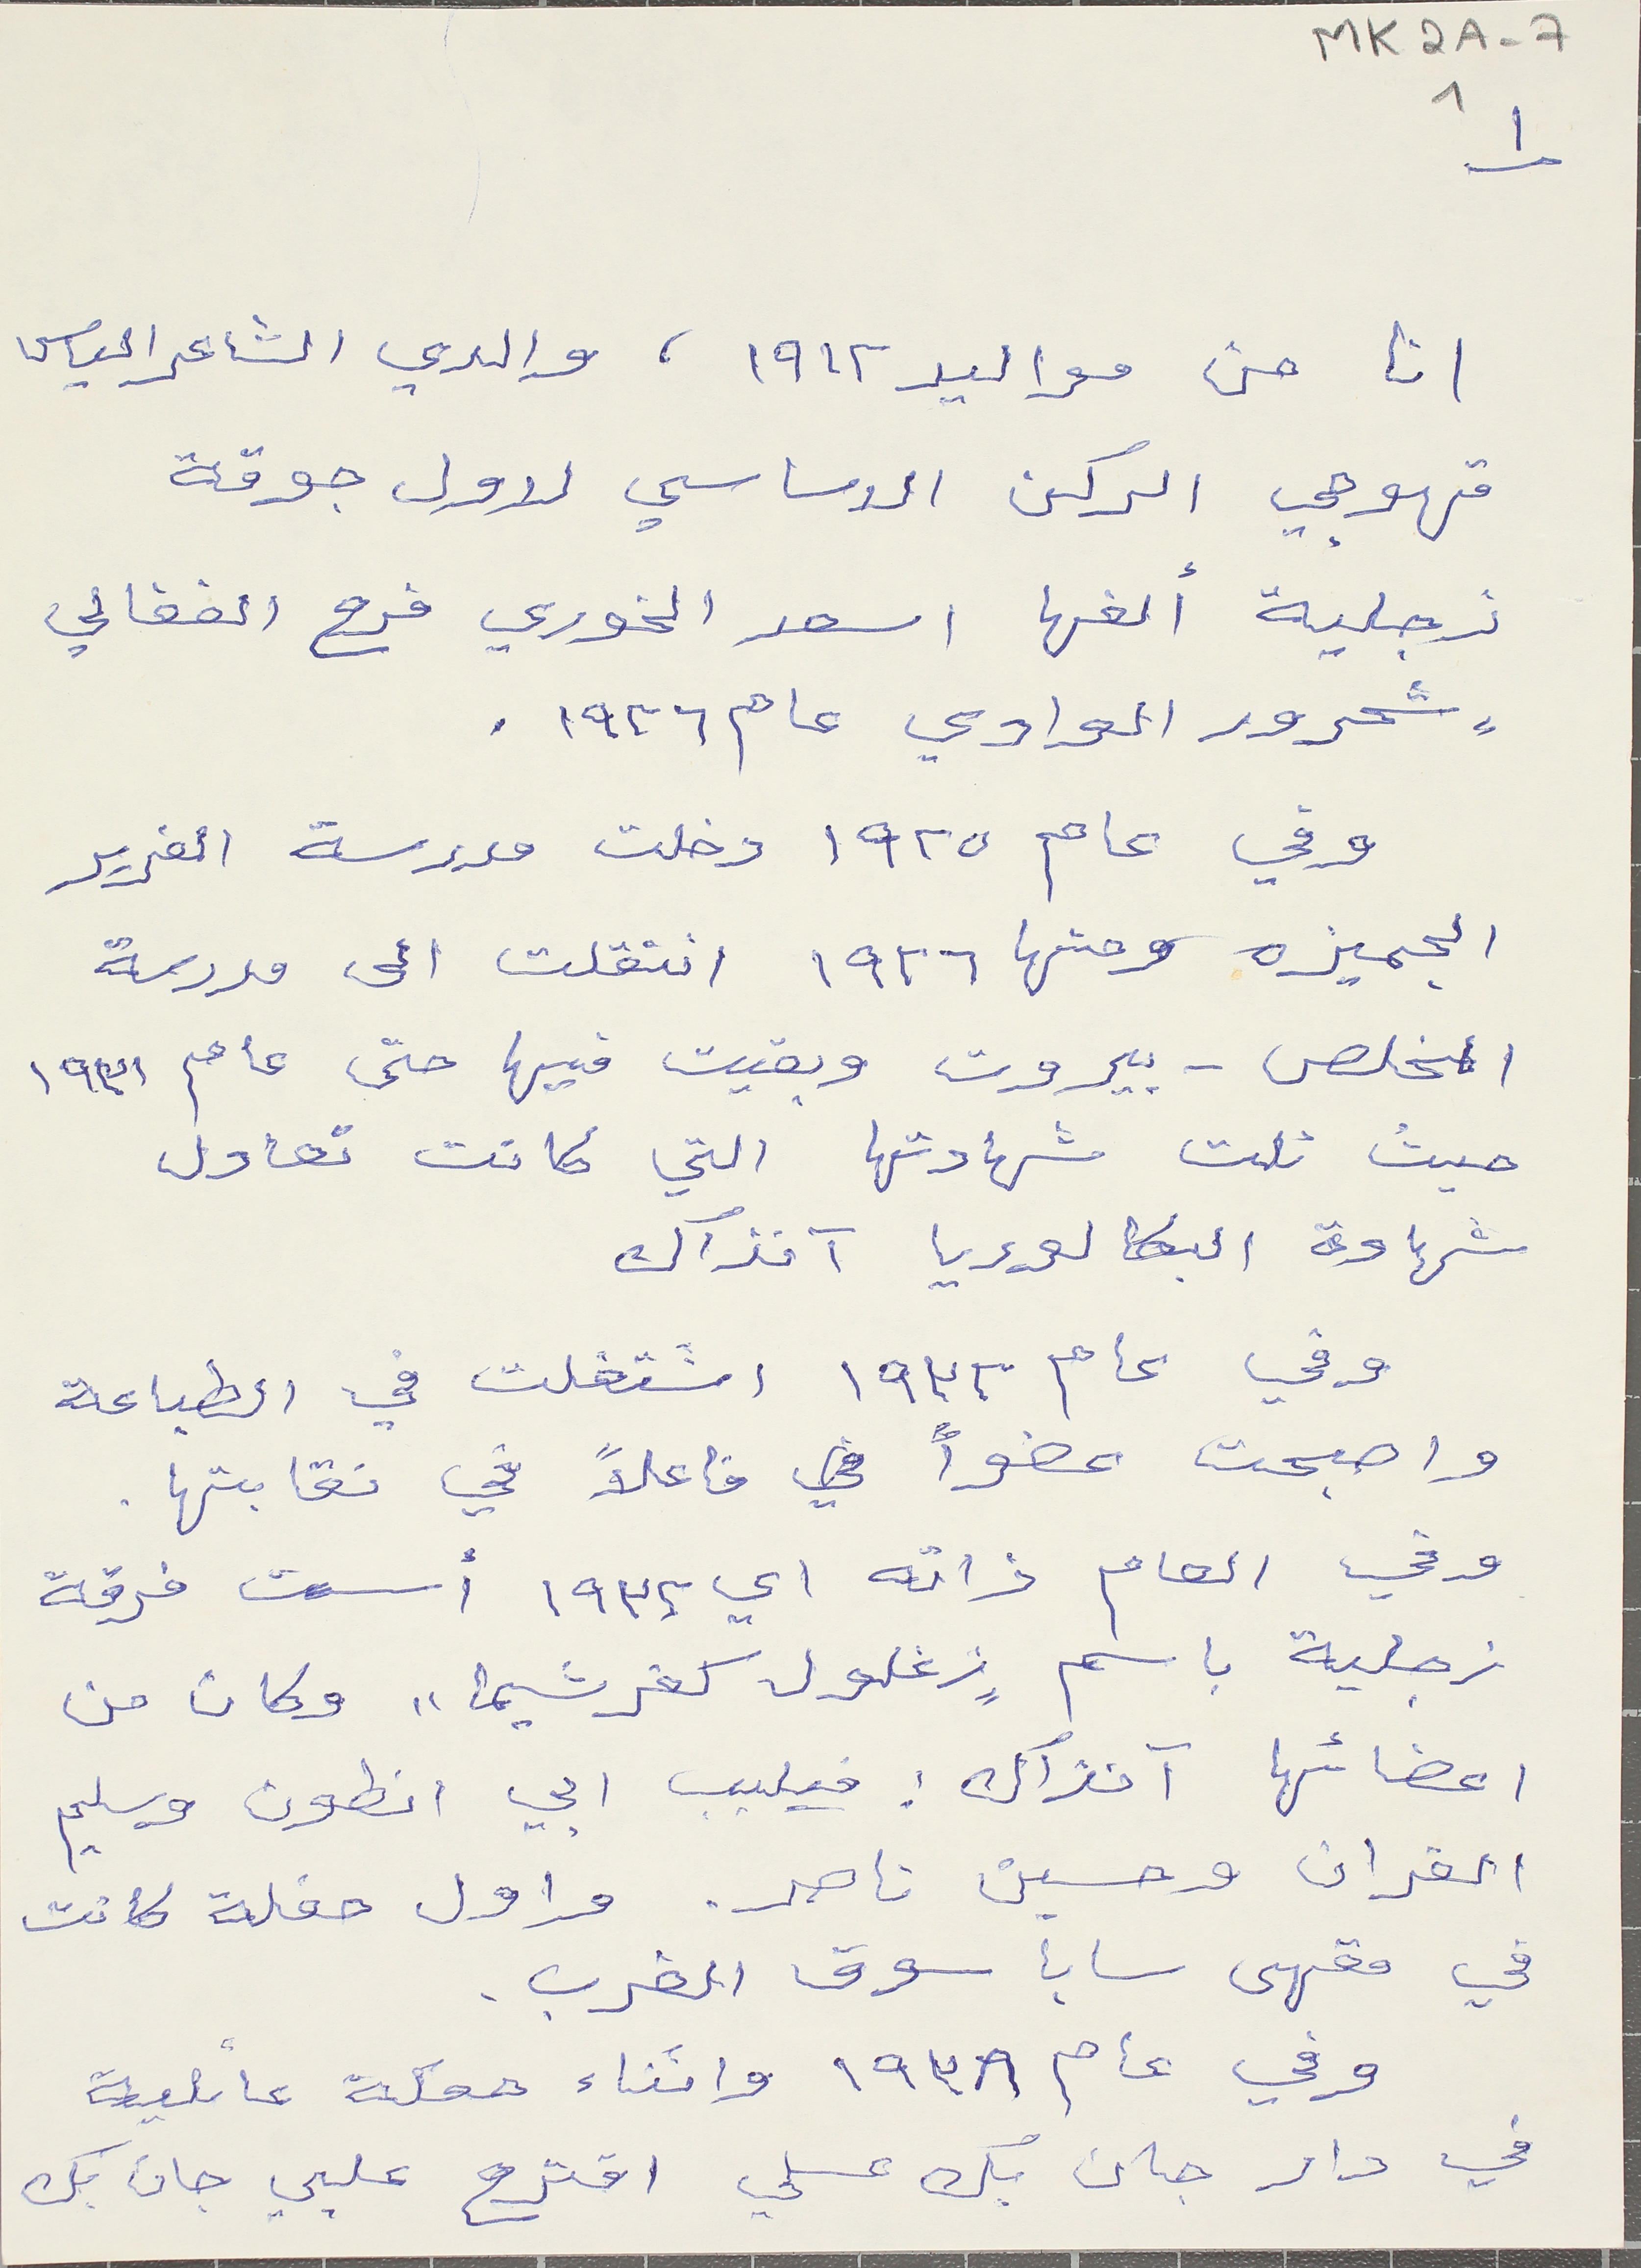
MK2A-7       1
١
انا من مواليد ١٩١٢، والدي الشاعر الياس
قهوجي الركن الاساسي لاول جوقة
زجلية ألفها اسعد الخوري فرح الفغالي
 " شحرور الوادي عام ١٩٣٦.
وفي عام ١٩٢٥ دخلت مدرسة الفرير
الجميزه ومنها ١٩٢٦ انتقلت الى مدرسة
المخلص - بيروت وبقيت فيها حتى عام ١٩٣١
حيث نلت شهادتها التي كانت تعادل
شهادة البكالوريا آنذاك
وقي عام ١٩٣٢ اشتغلت في الطباعة
واصبحت عضواً في فاعلاً في نقابتها.
وفي العام ذاته اي ١٩٣٢ أسست فرقة
زجلية باسم "زغلول كفرشيما" وكان من
اعضائها آنذاك: فيليب ابي انطون وسليم
الفران وحسين ناصر. واول حفلة كانت
في مقهى سابا سوق الغرب.
وفي عام ١٩٣٨ واثناء حفلة عائلية
في دار جان بك عسلي اقترح عليي جان بك